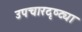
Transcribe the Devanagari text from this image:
उपचारदृष्ट्या